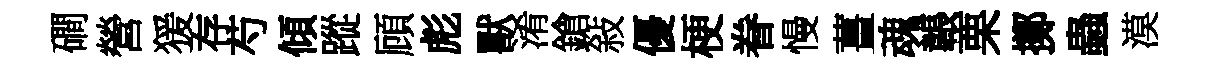
磵營猨存芍傾蹤頋彪獸淆鎗敍優梗眷慢薑魂韔栗擲蟲漠